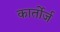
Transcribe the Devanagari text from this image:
कार्तोर्ज